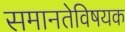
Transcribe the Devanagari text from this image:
समानतेविषयक